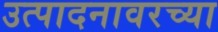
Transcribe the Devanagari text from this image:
उत्पादनावरच्या